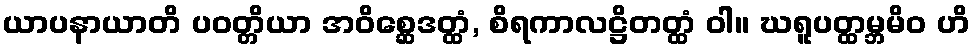
ယာပနာယာတိ ပဝတ္တိယာ အဝိစ္ဆေဒတ္ထံ, စိရကာလဋ္ဌိတတ္ထံ ဝါ။ ဃရူပတ္ထမ္ဘမိဝ ဟိ